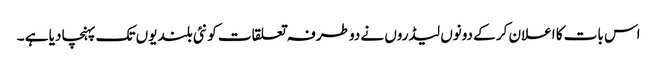
اس بات کا اعلان کر کے دونوں لیڈروں نے دو طرفہ تعلقات کو نئی بلندیوں تک پہنچا دیا ہے ۔